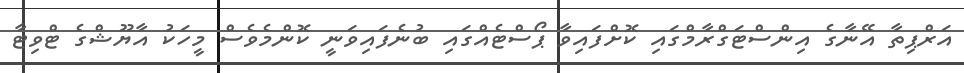
އަރްޕިތާ އޭނާގެ އިންސްޓަގްރާމްގައި ކޮށްފައިވާ ޕޯސްޓެއްގައި ބުނެފައިވަނީ ކޮންމެވެސް މީހަކު އާޔޫޝްގެ ޓްވިޓާ